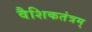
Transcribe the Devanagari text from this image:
वैशिकतंत्रम्